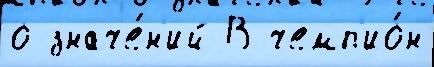
о значе́н'ий В чемп'ио́н